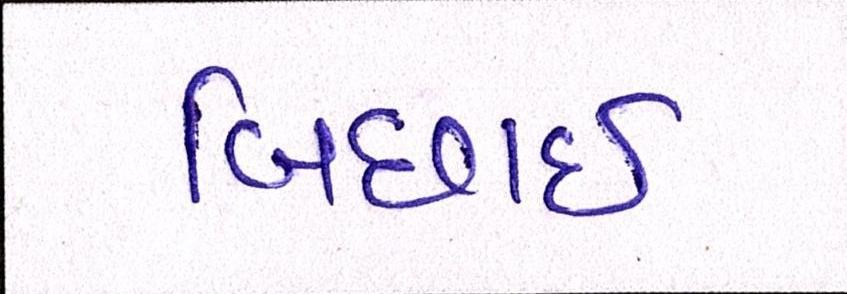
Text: બિછાઇ